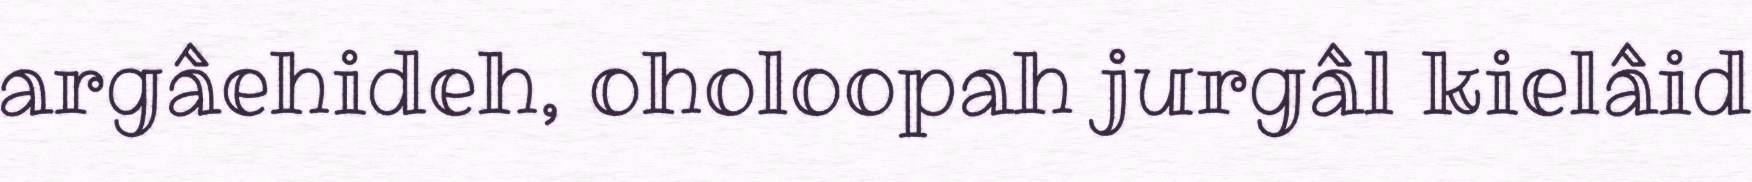
argâehideh, oholoopah jurgâl kielâid